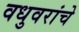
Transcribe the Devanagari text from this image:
वधुवरांचे